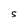
Character: S